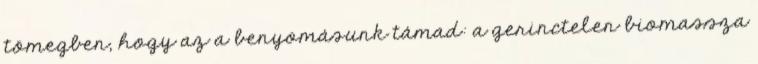
tömegben, hogy az a benyomásunk támad: a gerinctelen biomassza